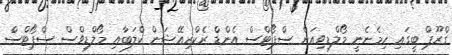
ގްރޫޕް ބީގައި ހިމެނެނީ މޯލްޑިވިއަން ސްޕޯޓްސް އެންޑް ރެކްރިއޭޝަން ކްލަބާއި މޯލްޑިވްސް ސްޕޯޓްސް